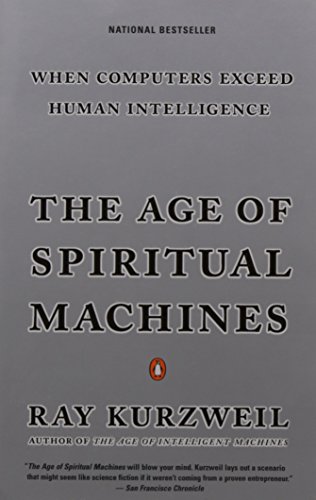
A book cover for The Age of Spiritual Machines: When Computers Exceed Human Intelligence; Ray Kurzweil; Computers & Technology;